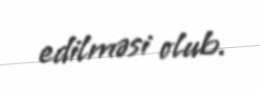
edilməsi olub.